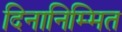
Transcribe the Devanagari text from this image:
दिनानिम्मित